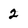
Character: 2